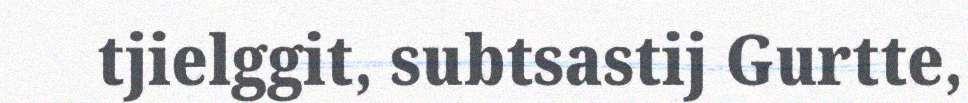
tjielggit, subtsastij Gurtte,